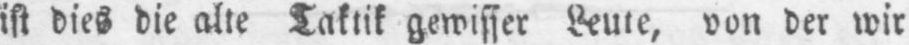
ist dies die alle Taktik gewisser Leute, von der wir